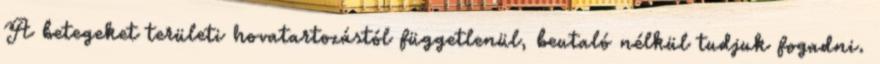
A betegeket területi hovatartozástól függetlenül, beutaló nélkül tudjuk fogadni.